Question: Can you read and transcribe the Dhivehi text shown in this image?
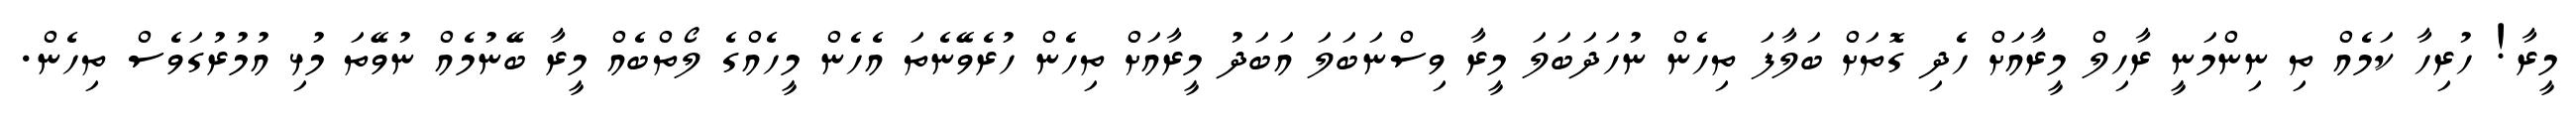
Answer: މީރާ! ހުރިހާ ކަމެއް ތި ނިންމަނީ ރާހިލް މީރާއަށް ހެދި ގޮތަށް ބަލާފަ ތިހެން ނުހަދަބަލަ މީރާ ވިސްނަބަލަ އަބަދު މީރާއަށް ތިހެން ހުރެވޭނެތަ އެހެން މީހެއްގެ ލޯތްބެއް މީރާ ބޭނުމެއް ނުވޭތަ މުޅި އުމުރުގަވެސް ތިހެން.